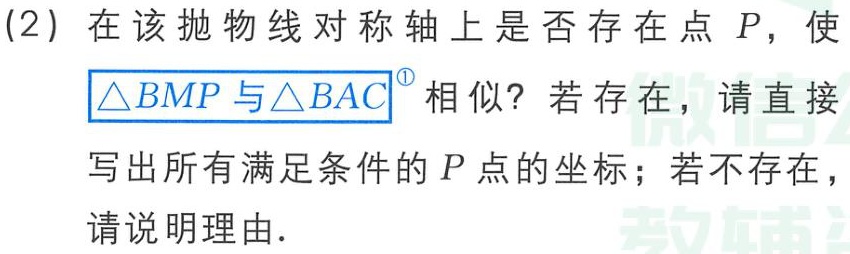
(2) 在该抛物线对称轴上是否存在点 \(P\)，使\(\triangle BMP\) 与\(\triangle BAC\)相似？若存在，请直接写出所有满足条件的 \(P\) 点的坐标；若不存在，请说明理由．